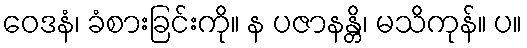
ဝေဒနံ၊ ခံစားခြင်းကို။ န ပဇာနန္တိ၊ မသိကုန်။ ပ။